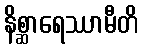
နိစ္ဆာရေဿာမီတိ